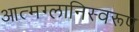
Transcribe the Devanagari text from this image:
आत्मग्लानिस्वरूप